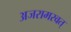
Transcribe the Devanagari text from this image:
अजरामरवत्